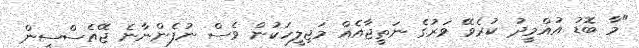
"މާ ބޮޑު އުއްމީދު ކުރެވޭ ވަރުގެ ނަތީޖާއެއް މަޖިލީހަކުން ވެސް ނުފެންނާނެ ޖޭއެސްސީން